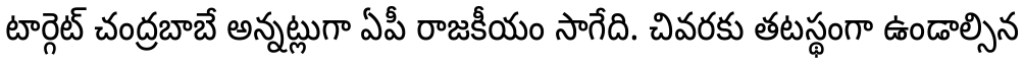
టార్గెట్ చంద్రబాబే అన్నట్లుగా ఏపీ రాజకీయం సాగేది. చివరకు తటస్థంగా ఉండాల్సిన